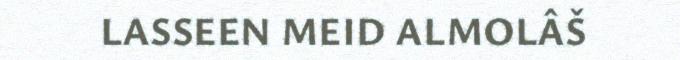
LASSEEN MEID ALMOLÂŠ